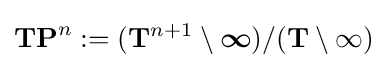
\mathbf {TP} ^{n}:=(\mathbf {T} ^{n+1}\setminus {\boldsymbol {\infty }})/(\mathbf {T} \setminus \infty )